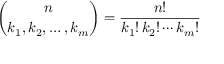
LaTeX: { \binom { n } { k _ { 1 } , k _ { 2 } , \ldots , k _ { m } } } = { \frac { n ! } { k _ { 1 } ! \, k _ { 2 } ! \cdots k _ { m } ! } }